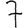
Digit: 7